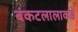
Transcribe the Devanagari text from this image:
बंकटलालाकडे